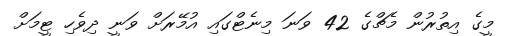
މީގެ އިތުރުން މެޗްގެ 42 ވަަނަ މިނެޓްގައި އުމޭރަށް ވަނީ ދިވެހި ޓީމަށް